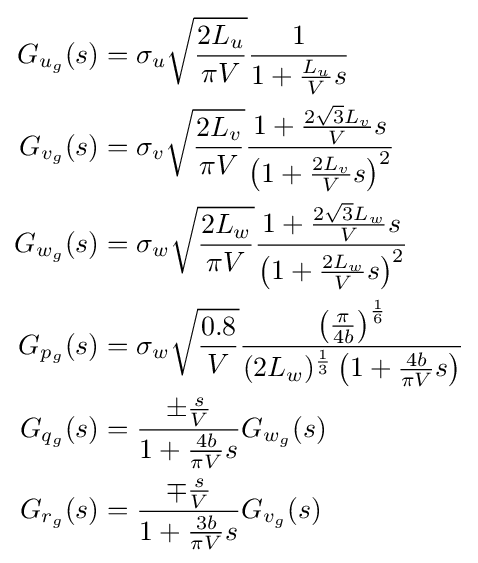
{\begin{aligned}G_{u_{g}}(s)&=\sigma _{u}{\sqrt {\frac {2L_{u}}{\pi V}}}{\frac {1}{1+{\frac {L_{u}}{V}}s}}\\G_{v_{g}}(s)&=\sigma _{v}{\sqrt {\frac {2L_{v}}{\pi V}}}{\frac {1+{\frac {2{\sqrt {3}}L_{v}}{V}}s}{\left(1+{\frac {2L_{v}}{V}}s\right)^{2}}}\\G_{w_{g}}(s)&=\sigma _{w}{\sqrt {\frac {2L_{w}}{\pi V}}}{\frac {1+{\frac {2{\sqrt {3}}L_{w}}{V}}s}{\left(1+{\frac {2L_{w}}{V}}s\right)^{2}}}\\G_{p_{g}}(s)&=\sigma _{w}{\sqrt {\frac {0.8}{V}}}{\frac {\left({\frac {\pi }{4b}}\right)^{\frac {1}{6}}}{(2L_{w})^{\frac {1}{3}}\left(1+{\frac {4b}{\pi V}}s\right)}}\\G_{q_{g}}(s)&={\frac {\pm {\frac {s}{V}}}{1+{\frac {4b}{\pi V}}s}}G_{w_{g}}(s)\\G_{r_{g}}(s)&={\frac {\mp {\frac {s}{V}}}{1+{\frac {3b}{\pi V}}s}}G_{v_{g}}(s)\end{aligned}}